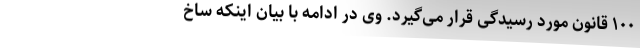
۱۰۰ قانون مورد رسیدگی قرار می‌گیرد. وی در ادامه با بیان اینکه ساخ